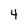
Character: 4